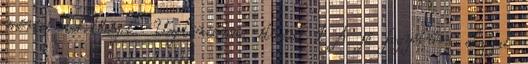
mérési lehetőségek. Vegetáriánus étrend 1 A jó fogyókúra alapjai